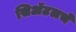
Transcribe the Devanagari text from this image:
सिॲटलचे